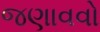
જણાવવો